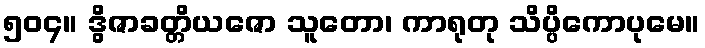
၅၀၄။ ဒွိဇာခတ္တိယဇော သူတော၊ ကာရုတု သိပ္ပိကောပုမေ။